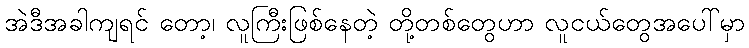
အဲဒီအခါကျရင် တော့၊ လူကြီးဖြစ်နေတဲ့ တို့တစ်တွေဟာ လူငယ်တွေအပေါ်မှာ